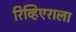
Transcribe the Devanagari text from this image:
रिव्हिएराला